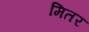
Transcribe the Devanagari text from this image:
मितर